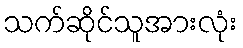
သက်ဆိုင်သူအားလုံး